King Institute of Preventive Medicine Bacteriolog. Section reports 1907-08
Year: 1907
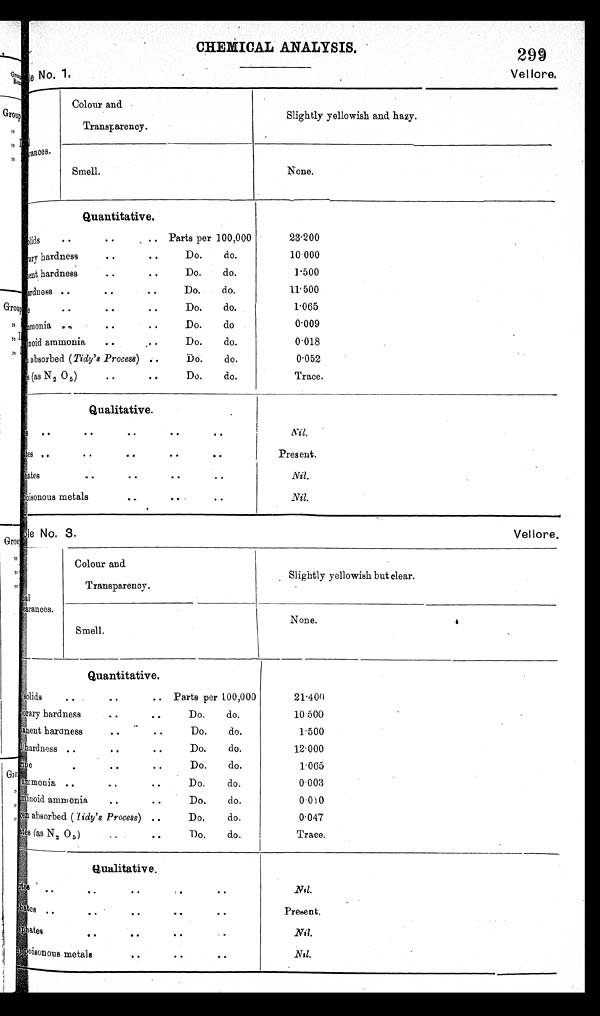
CHEMICAL ANALYSIS.
299
sampleNo.1 No. 1.
Vellor.e
No. 3.
Vellore.
appearances.
Colour and.
Transparency.
Slightly yellowish and hazy.
Smell.
None.
Quantitative.
solids . . . . . . Parts per 100,000
Temporary hardness . . . . Do. do.
Permanent hardness . . .. Do. do.
Hardness ..
. . . . Do. do,
.
. . .
. .
D o .
d o .
Amonia ... . . . . Do. do
Abuminoid ammonia .. , . Do. do.
absorbed ( Tidy's Process)
Do.
do.
(as N 2 0 5)
. .
..
Do.
do.
23.200
10 000
I.500
11.500
1.065
0.009
0.018
0.052
.
Trace.
Qualitative. .
Nitrates ..
..
..
...
..
sulphates ..
..
..
..
..
phosphates ..
..
..
..
..
Iron,poisonous metals
..
..
..
Nil.
resent.
Nil.
Nil.
0
Appearances.
Colour and
Transparency.
Slightly yellowish but clear.
Smell.
None.
Quantitative.
solids
. . .. .. Parts per 100,000
Temporary hardness . . . . Do. do.
permanent hardness . . . . Do. do.
Total hardness .. .. . . Do. do.
.
. . .
D o .
d o .
ammonia
D o.
do.
.. . .
,
.
.
Abuminoid ammonia . . . . Do. do.
oxygen
absorbed (Tidy's Process) ..
Do.
do.
Nitrates
(as N 2 0 5 )
Do.
do.
..
.
.
21.400
1 0 . 5 0 0
1.500
12.000
1.065
0.003
0.000
0 . 0 4 7
Trace.
Qualitative.
N i t r a t e s . . . . . . . . . . .
s u l p h a t e s . . . . . . . . . .
p h o s p h a t e s . . . . . . . . . .
I r o n , p o i s o n o u s m e t a l s . . . . . .
Nil.
Present.
N11.
Nil.